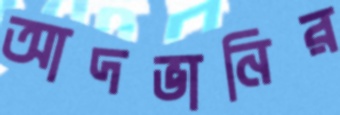
আদভানির